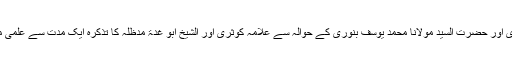
خاتم المحدثین حضرت علامہ سید محمد انور شاہ کشمیریؒ اور حضرت السید مولانا محمد یوسف بنوریؒ کے حوالہ سے علامہ کوثریؒ اور الشیخ ابو غدۃ مدظلہ کا تذکرہ ایک مدت سے علمی مجالس میں سننے میں آرہا تھا اور ملاقات کا اشتیاق تھا۔